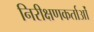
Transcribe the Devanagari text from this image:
निरीक्षणकर्ताओं